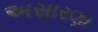
અસારણા